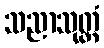
သညာသုတ္တံ